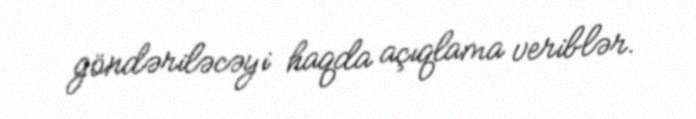
göndəriləcəyi haqda açıqlama veriblər.